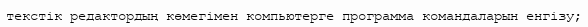
текстік редактордың көмегімен компьютерге программа командаларын енгізу;